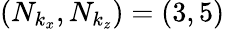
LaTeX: (N_{k_{x}},N_{k_{z}})=(3,5)